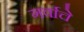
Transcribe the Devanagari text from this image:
गर्वाचे